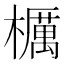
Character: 櫔